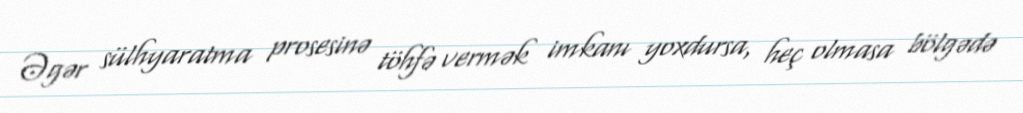
Əgər sülhyaratma prosesinə töhfə vermək imkanı yoxdursa, heç olmasa bölgədə